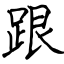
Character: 跟